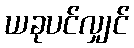
ယခုပင်လျှင်